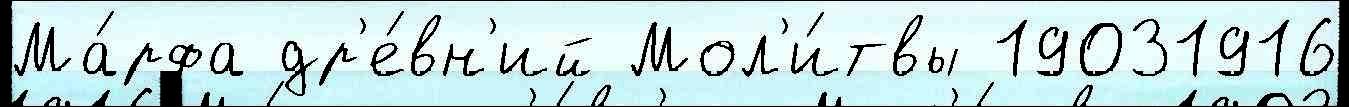
Ма́рфа др'е́вн'ий Мол'и́твы 19031916